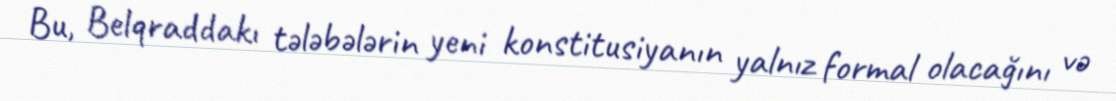
Bu, Belqraddakı tələbələrin yeni konstitusiyanın yalnız formal olacağını və